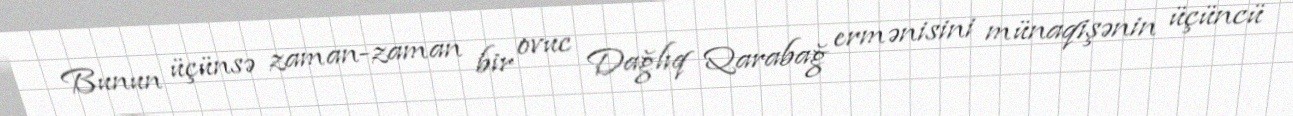
Bunun üçünsə zaman-zaman bir ovuc Dağlıq Qarabağ ermənisini münaqişənin üçüncü